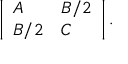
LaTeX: \left| { \begin{array} { l l } { A } & { B / 2 } \\ { B / 2 } & { C } \end{array} } \right| .